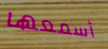
أسمعها